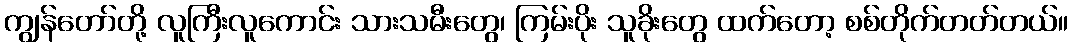
ကျွန်တော်တို့ လူကြီးလူကောင်း သားသမီးတွေ၊ ကြမ်းပိုး သူခိုးတွေ ထက်တော့ စစ်တိုက်တတ်တယ်။